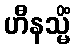
ဟီနသ္မိံ